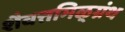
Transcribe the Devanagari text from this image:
शैवत्तमिऴ्‌ग्रंथ